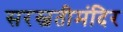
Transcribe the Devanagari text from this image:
सरस्वतीमंदिर